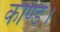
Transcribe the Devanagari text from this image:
काण्ड।